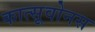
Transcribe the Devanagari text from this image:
कात्सूवोनस